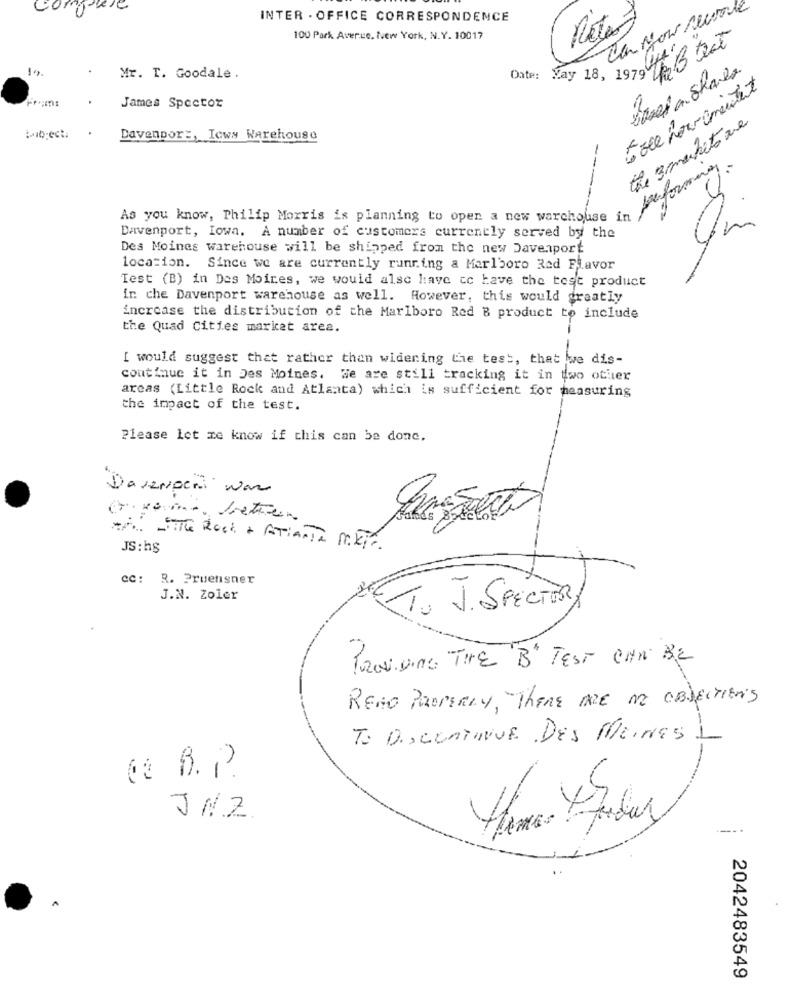
Can Now secre
INTER - OFFICE CORRESPONDENCE
100 Park Averce, New York, N.Y. 10017
nit
Date: May 18, 1979 Th, teat
10.
sassi a Shares
Mr. T. Goodale .
James Spector
the 3 markets one
tab-ect.
Davenpor :, Icwy Warehouse
-
performance.
4
As you know, Philip Morris is planning to open a new warchouse in
Um
Davenport, Iowa. A number of customers currently served by the
Des Moines warehouse will be shipped from the new Davenport
location. Since we are currently running a Marlboro Red Flavor
Test (B) in Des Moines, we would also have to have the test product
in che Davenport warehouse as well. However, this would greatly
increase the distribution of the Marlboro Red B product to include
the Quad Cities market area.
--
I would suggest that rather than widening the test, that we dis-
continue it in Des Moines.
We are still tracking it in two other
areas (Little Rock and Atlanta) which is sufficient for measuring
the impact of the test.
Please let me know if this can be done.
Daversperi was
A: The Road + ATienTe MET.
JS: hs
cc: R. Pruensner
J.N. Zoler
RT. J. SPECTRA
Proviene TRE B" TEST CAN BE
REMO PROPERLY, There ARE No OBJECTIONS
To Discontinue Des Meines L
( B. P.
-
JN.Z.
.-..
2042483549